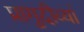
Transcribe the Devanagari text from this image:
प्रागुदीव्यां